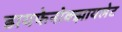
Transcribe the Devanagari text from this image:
डायफेनोक्झायलेट